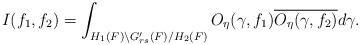
LaTeX: \begin{align*}\displaystyle I(f_1,f_2)=\int_{H_1(F)\backslash G'_{rs}(F)/H_2(F)} O_\eta(\gamma,f_1)\overline{O_\eta(\gamma,f_2)} d\gamma.\end{align*}